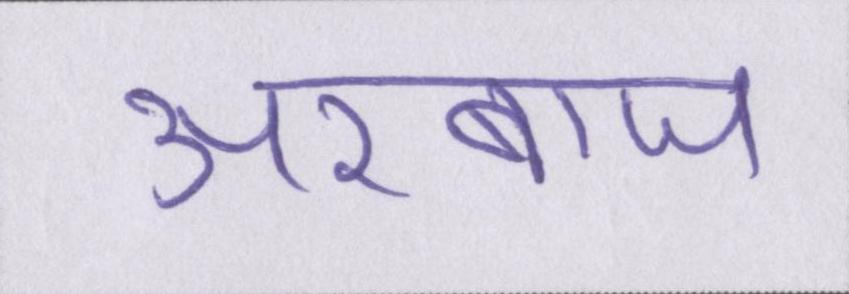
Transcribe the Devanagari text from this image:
अरबाज